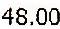
48.00